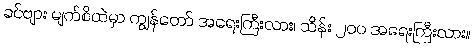
ခင်ဗျား မျက်စိထဲမှာ ကျွန်တော် အရေးကြီးလား၊ သိန်း ၂၀၀ အရေးကြီးလား။